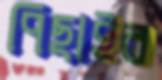
পিছাইব